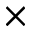
\times